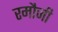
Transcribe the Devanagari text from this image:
रमौजी